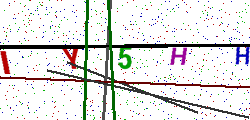
Text: IY5HH